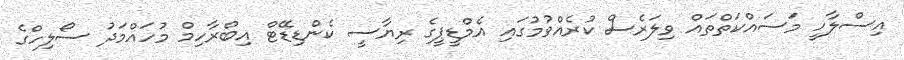
އިސްލާހީ މަސައްކަތްތައް ވިލަރެސް ކުރެއްވުމުގައި އެމްޑީޕީގެ ރިޔާސީ ކެންޑިޑޭޓް އިބްރާހިމް މުހައްމަދު ސޯލިހްގެ